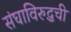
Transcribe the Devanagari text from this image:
संघाविरुद्धची